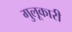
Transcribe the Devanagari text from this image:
गुलूकारी